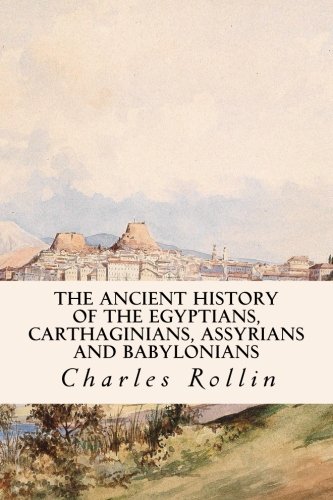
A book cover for The Ancient History of the Egyptians, Carthaginians, Assyrians and Babylonians; Charles Rollin; History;